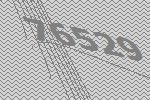
76529